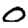
Digit: 0